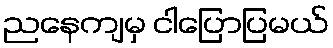
ညနေကျမှ ငါပြောပြမယ်